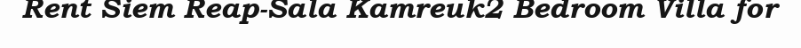
Rent Siem Reap-Sala Kamreuk2 Bedroom Villa for